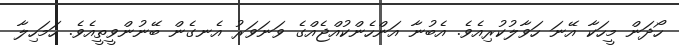
ހޯދަން މީހަކާ އޭނަ ހަވާލުކުރިއެވެ. އެބުނާ އަންހެންކުއްޖެއްގެ ވަނަވަރު އެނގެން ބޭނުންވީތީއެވެ. ހަމަހިލާ